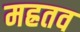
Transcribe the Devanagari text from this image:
मह्रतव